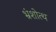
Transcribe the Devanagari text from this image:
भ्रंशोत्थ